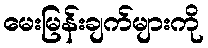
မေးမြန်းချက်များကို